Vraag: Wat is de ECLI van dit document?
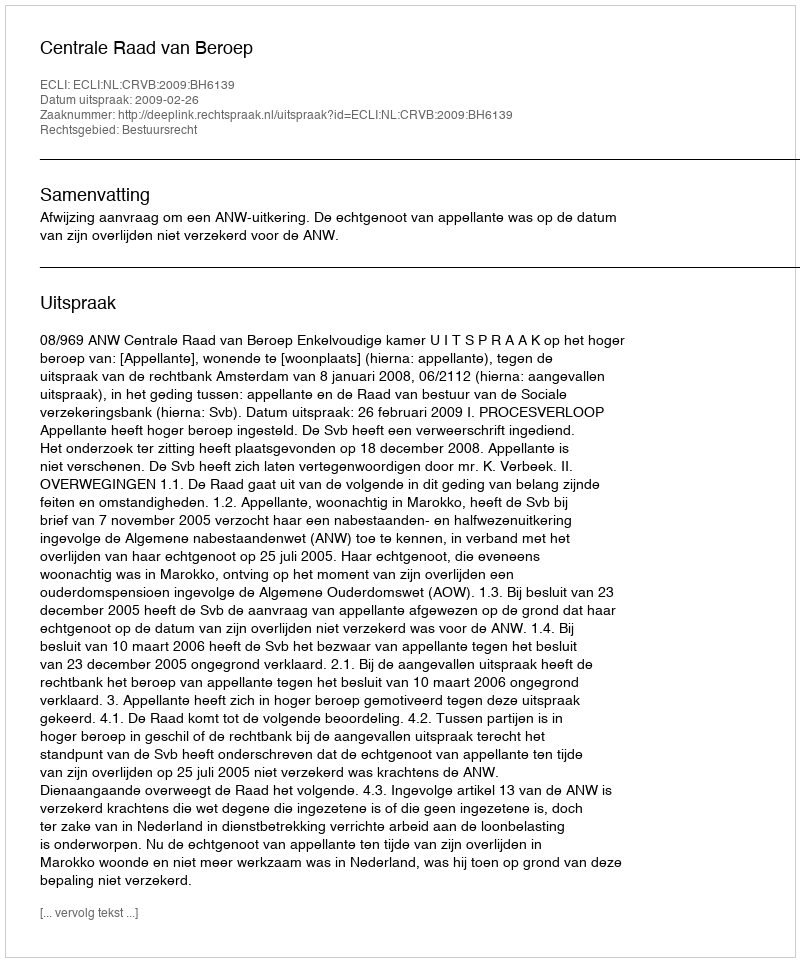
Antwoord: ECLI:NL:CRVB:2009:BH6139